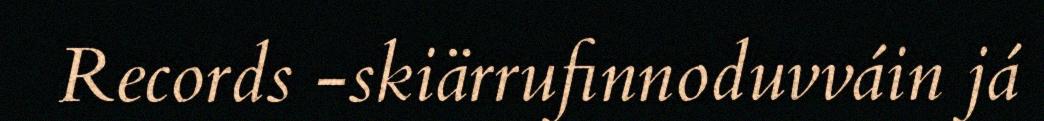
Records -skiärrufinnoduvváin já